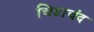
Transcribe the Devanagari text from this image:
चिडाचंद